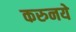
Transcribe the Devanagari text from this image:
करुनये